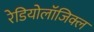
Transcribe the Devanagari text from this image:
रेडियोलॉजिक्ल